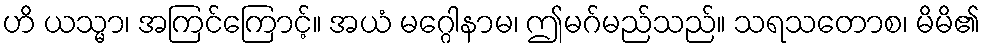
ဟိ ယသ္မာ၊ အကြင်ကြောင့်။ အယံ မဂ္ဂေါနာမ၊ ဤမဂ်မည်သည်။ သရသတောစ၊ မိမိ၏